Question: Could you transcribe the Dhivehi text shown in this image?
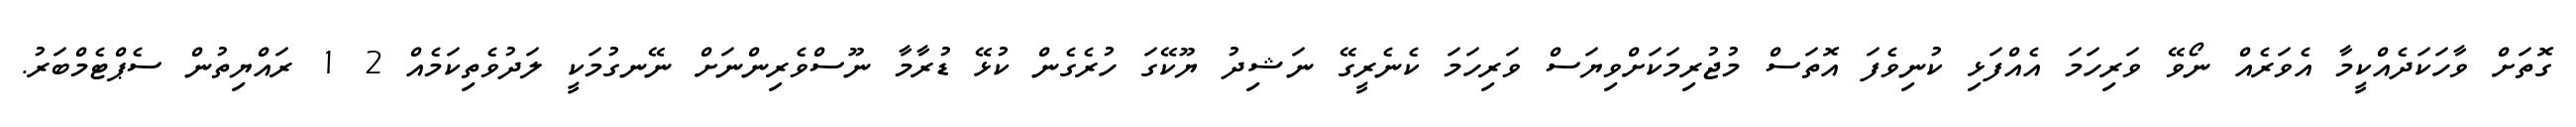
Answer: ގޮތަށް ވާހަކަދެއްކީމާ އެވަރެއް ނޯވޭ ވަރިހަމަ އެއްފަޅި ކުނިވެފަ އޮތަސް މުޖުރިމަކަށްވިޔަސް ވަރިހަމަ ކެނެރީގޭ ނަޝިދު ޔޫކޭގަ ހުރެގެން ކުޅޭ ޑުރާމާ ނޫސްވެރިންނަށް ނޭނގުމަކީ ލަދުވެތިކަމެއް 2 1 ރައްޔިތުން ސެޕްޓެމްބަރު.